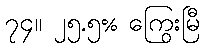
၇၄။ ၂၅.၅% ကြွေးမြီ